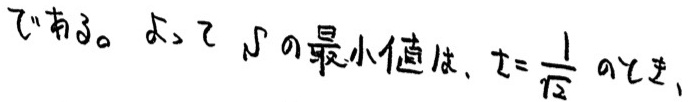
である。また、$S$の最小値は、$t = \frac{1}{\sqrt{2}}$ のとき、